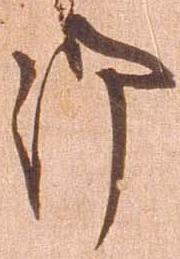
御